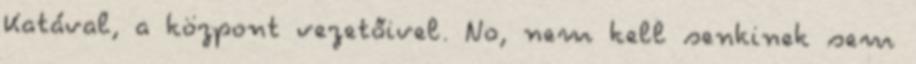
Katával, a központ vezetőivel. No, nem kell senkinek sem